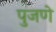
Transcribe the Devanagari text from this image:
पुजणे